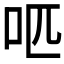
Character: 𠯔